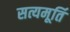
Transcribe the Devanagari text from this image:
सत्यमूर्ति